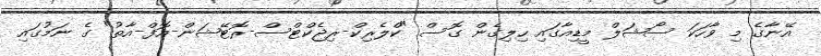
އޭނާގެ މި ވާހަކަ ސޯޝަލް މީޑިއާގައި ހިލިގެން ގޮސް "ކްލެރިކް-ރިޖެކްޓްސް-ރޮޓޭޝަން-އޮފް-އާތު" ގެ ނަމުގައި